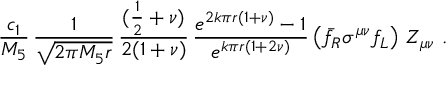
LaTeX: \frac { c _ { 1 } } { M _ { 5 } } \, \frac { 1 } { \sqrt { 2 \pi M _ { 5 } r } } \, \frac { ( \frac { 1 } { 2 } + \nu ) } { 2 ( 1 + \nu ) } \, \frac { e ^ { 2 k \pi r ( 1 + \nu ) } - 1 } { e ^ { k \pi r ( 1 + 2 \nu ) } } \left( \bar { f } _ { R } \sigma ^ { \mu \nu } f _ { L } \right) \, Z _ { \mu \nu } ~ .